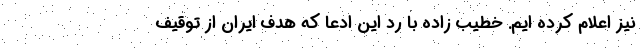
نیز اعلام کرده ایم. خطیب زاده با رد این ادعا که هدف ایران از توقیف